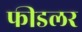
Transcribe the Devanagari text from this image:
फीडलर